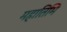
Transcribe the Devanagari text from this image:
महातिमि